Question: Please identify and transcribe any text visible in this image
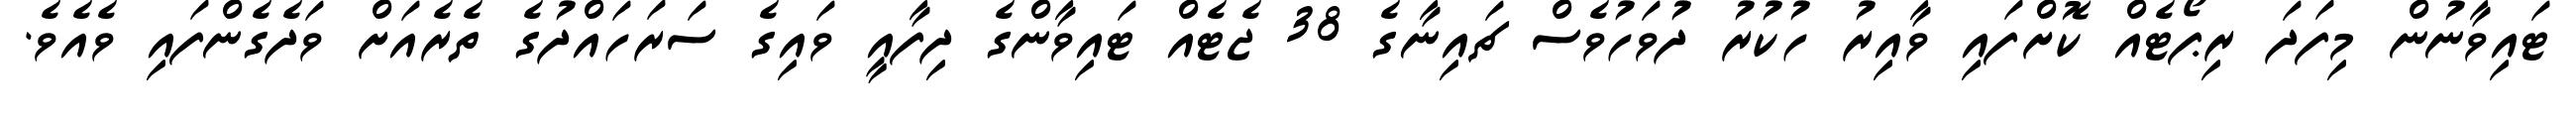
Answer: ޓައިވާނުން މިފަދަ ރިޕޯޓެއް ކޮށްފައި ވާއިރު ހުކުރު ދުވަހުވެސް ޗައިނާގެ 38 ޖެޓެއް ޓައިވާންގެ ދިފާއީ ވައިގެ ސަރަހައްދުގެ ތެރެއަށް ވަދެގެންފައި ވެއެވެ.